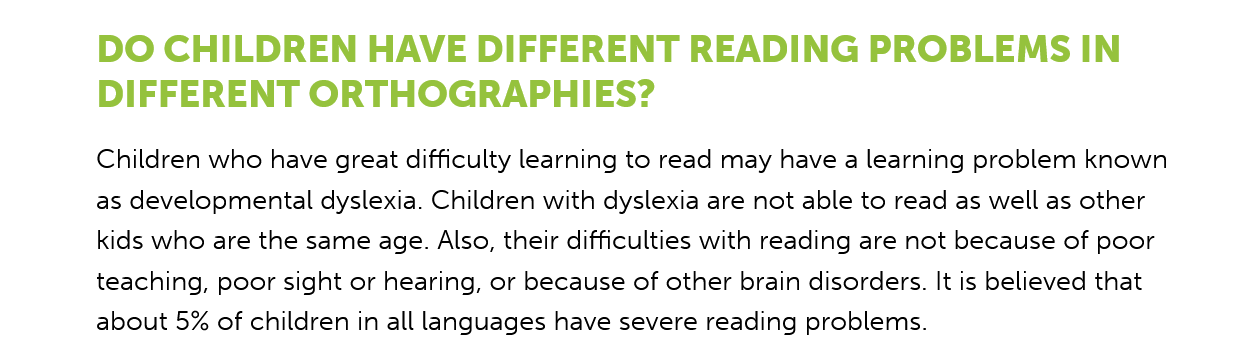
DO  CHILDREN    HAVE  DIFFERENT    READING    PROBLEMS    IN
     DIFFERENT    ORTHOGRAPHIES?
     Children who have great difficulty learning to read may have a learning problem known
     as developmental dyslexia. Children with dyslexia are not able to read as well as other
     kids who are the same age. Also, their difficulties with reading are not because of poor
     teaching, poor sight or hearing, or because of other brain disorders. It is believed that
     about 5% of children in all languages have severe reading problems.